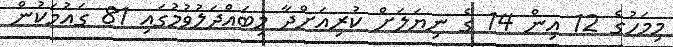
މިމަހުގެ 12 އިން 14 ގެ ނިޔަލަށް ކުރިއަށްދާ މިބައްދަލުވުމުގައި 81 ގައުމަކުން